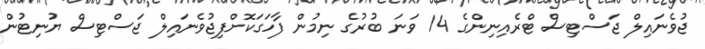
ޖުވެނައިލް ޖަސްޓިސް ޓްރެއިނިންގެ 14 ވަނަ ބުރުގެ ނިމުން ފާހަގަކޮށްފިޖުވެނައިލް ޖަސްޓިސް ޔުނިޓުން